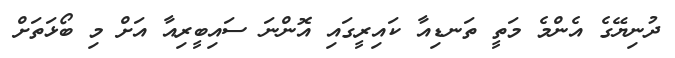
ދުނިޔޭގެ އެންމެ މަތީ ތަނޑިއާ ކައިރީގައި އޮންނަ ސައިބީރިއާ އަށް މި ބޯޅަތަށް